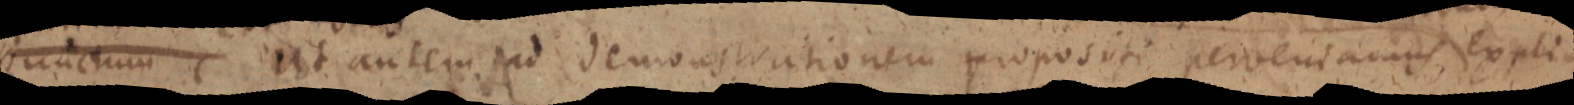
punctum Ut autem sed demonstrationem propositi perveniamus, expli